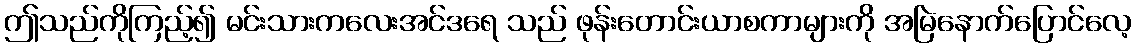
ဤသည်ကိုကြည့်၍ မင်းသားကလေးအင်ဒရေ သည် ဖုန်းတောင်းယာစကာများကို အမြဲနောက်ပြောင်လေ့